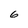
Character: 6